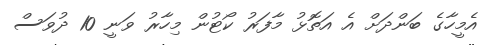
އެމީހާގެ ބަންދަށް އެ އަތޮޅު މާފަރު ކޯޓުން މިހާރު ވަނީ 10 ދުވަސް